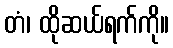
တံ၊ ထိုဆယ်ရက်ကို။